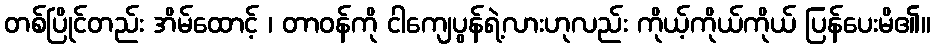
တစ်ပြိုင်တည်း အိမ်ထောင့် ၊ တာဝန်ကို ငါကျေပွန်ရဲ့လားဟုလည်း ကိုယ့်ကိုယ်ကိုယ် ပြန်ပေးမိ၏။